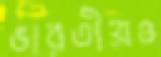
ভারতীয়ও